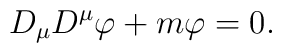
D_{\mu }D^{\mu }\varphi +m\varphi =0.